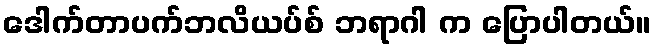
ဒေါက်တာပက်ဘလိယပ်စ် ဘရာဂါ က ပြောပါတယ်။